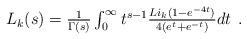
LaTeX: \begin{align*}\begin{array}{c}L_k(s)=\frac{1}{\Gamma(s)}\int_0^{\infty}t^{s-1}\frac{Li_k(1-e^{-4t})}{4(e^t+e^{-t})}dt \end{array}.\end{align*}